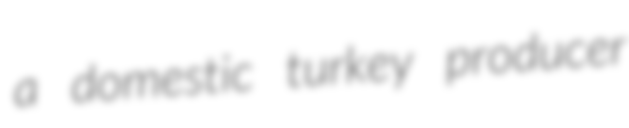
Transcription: a domestic turkey producer